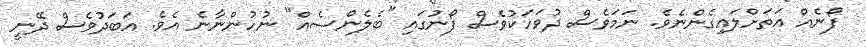
ފޯނެއް އަތަށްލައިގެންނެވެ. ނަމަވެސް ދުވަހަކުވެސް ފޯނުގައި "ބެލެންސެއް" ނުހުންނާނެ އެވެ. އަބަދުވެސް ދޭނީ